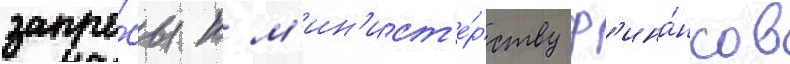
запро́сы к м'ин'ист'е́рству ф'ина́нсов